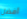
أفضل